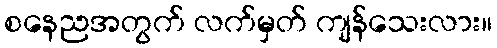
စနေညအတွက် လက်မှတ် ကျန်သေးလား။